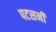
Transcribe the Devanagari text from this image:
पटसनी